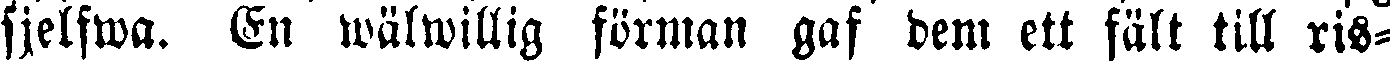
sjelfwa. En wälwillig förman gaf dem ett fält till ris-